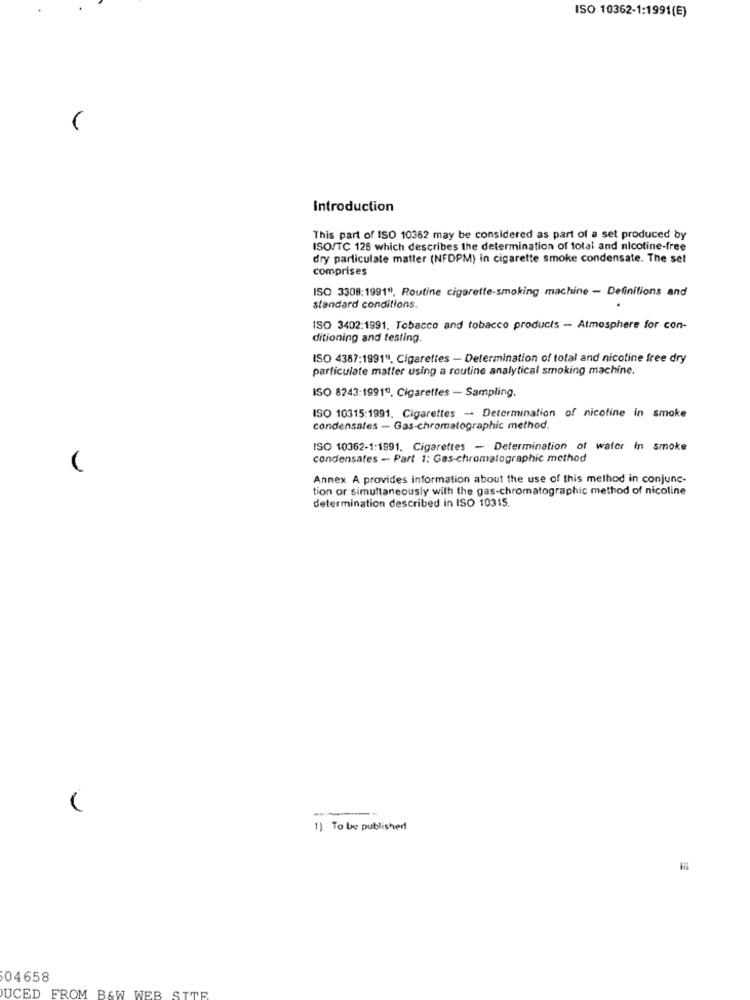
ISO 10362-1:1991(E)
Introduction
This part of ISO 10362 may be considered as part of a set produced by
ISO/TC 126 which describes the determination of total and nicotine-free
dry particulate matter (NFDPM) in cigarette smoke condensate. The set
comprises
ISO 3308;1991"), Routine cigarette-smoking machine - Definitions and
standard conditions.
ISO 3402:1991. Tobacco and tobacco products - Atmosphere for con-
ditioning and testing
ISO 4387:1991". Cigarettes - Determination of total and nicotine free dry
particulate matter using a routine analytical smoking machine.
ISO 8243:1991º. Cigarettes - Sampling.
ISO 10315:1991. Cigarettes - Determination of nicotine in smoke
condensales - Gas-chromatographic method.
ISO 10362-1:1991. Cigarettes - Determination of water In smoke
condensates - Part 1: Gas-chromatographic method
Annex A provides information about the use of this method in conjunc-
tion or simultaneously with the gas-chromatographic method of nicoline
determination described in ISO 10315.
------
1) To be published
04658
UCED FROM B&W WEB SITE